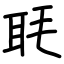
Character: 毦